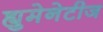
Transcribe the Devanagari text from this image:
ह्युमेनेटीज